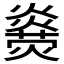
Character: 𤐥